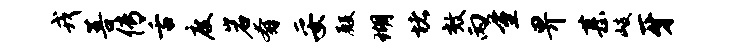
戎菩传舌度岩奔妥殿瑚堵效丙量畀甚岐牙